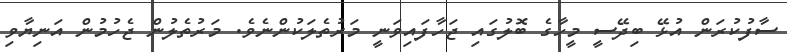
ސާފުކުރަން އުޅޭ ބިދޭސީ މީހާގެ ބޮލުގައި ޖަހާފައިވަނީ މަރުތެލަކުންނެވެ. މަރުތެލުން ޖެހުމުން އަނިޔާވި